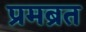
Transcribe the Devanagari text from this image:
प्रमब्रत